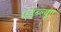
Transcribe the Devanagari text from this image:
एडब्ल्यूए